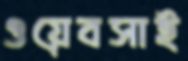
ওয়েবসাই